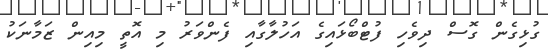
ގުޅިގެން ގޮސް ދިވެހި ފުޓްބޯޅައިގެ އަހުލާގާއި ފެންވަރު މި އޮތީ މިއިން ޒަމާނަކު